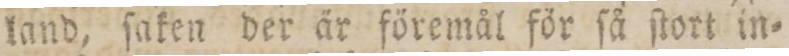
land, ſaken der är föremål för ſå ſtort in=